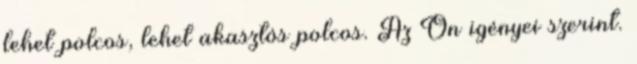
lehet polcos, lehet akasztós polcos. Az Ön igényei szerint.